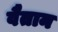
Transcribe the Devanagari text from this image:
वैतान